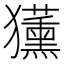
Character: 𭸳